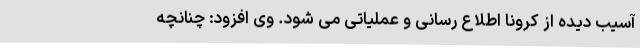
آسیب دیده از کرونا اطلاع رسانی و عملیاتی می شود. وی افزود: چنانچه